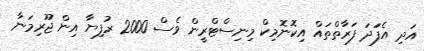
އަދި އެފަަދަ ފަރާތްތައް އިކޮނޮމިކް މިނިސްޓްރީން ވެސް 2000 ރުފިޔާ އިން ޖޫރިމަނާ